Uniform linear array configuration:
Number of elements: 8
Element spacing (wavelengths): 0.25
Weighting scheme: uniform
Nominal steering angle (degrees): -15
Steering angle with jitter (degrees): -16.227
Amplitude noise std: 0.05
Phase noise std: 0.05

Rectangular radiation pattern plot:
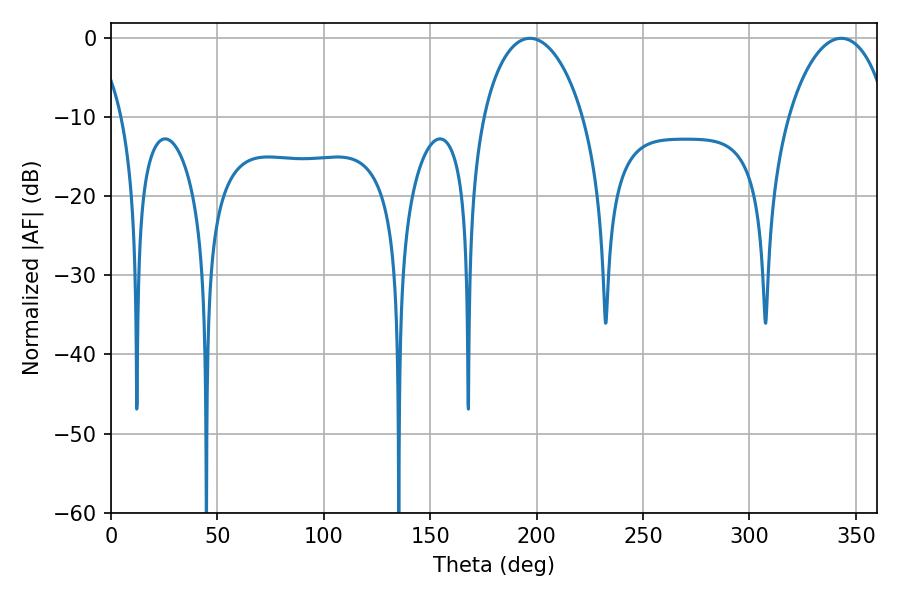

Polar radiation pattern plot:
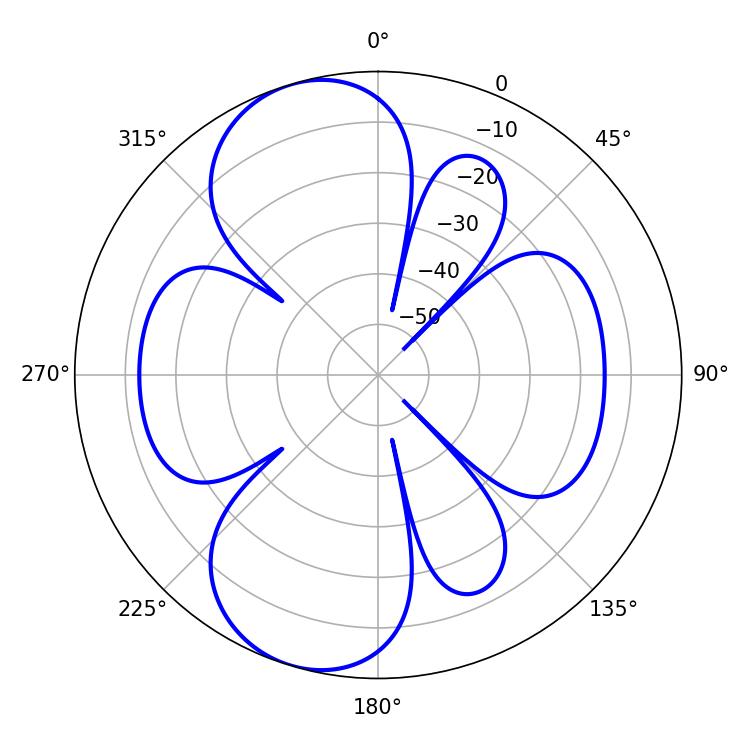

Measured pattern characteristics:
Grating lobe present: FALSE
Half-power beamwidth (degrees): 26.82
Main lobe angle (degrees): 196.92